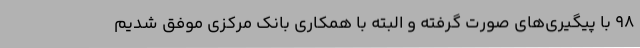
98 با پیگیری‌های صورت گرفته و البته با همکاری بانک مرکزی موفق شدیم